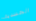
الجسدية